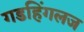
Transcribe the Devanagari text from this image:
गडहिंगलज